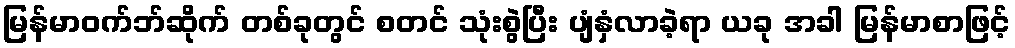
မြန်မာဝက်ဘ်ဆိုက် တစ်ခုတွင် စတင် သုံးစွဲပြီး ပျံနှံလာခဲ့ရာ ယခု အခါ မြန်မာစာဖြင့်